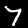
Label: 7